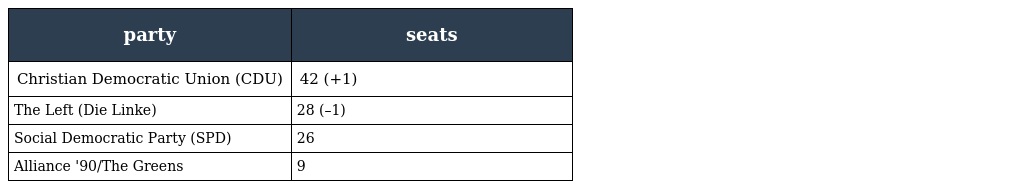
| party | seats |
 | --- | --- |
 | Christian Democratic Union (CDU) | 42 (+1) |
 | The Left (Die Linke) | 28 (–1) |
 | Social Democratic Party (SPD) | 26 |
 | Alliance '90/The Greens | 9 |